Mental hospitals Bombay report 1929-33 - 1929-1933
Year: 1929
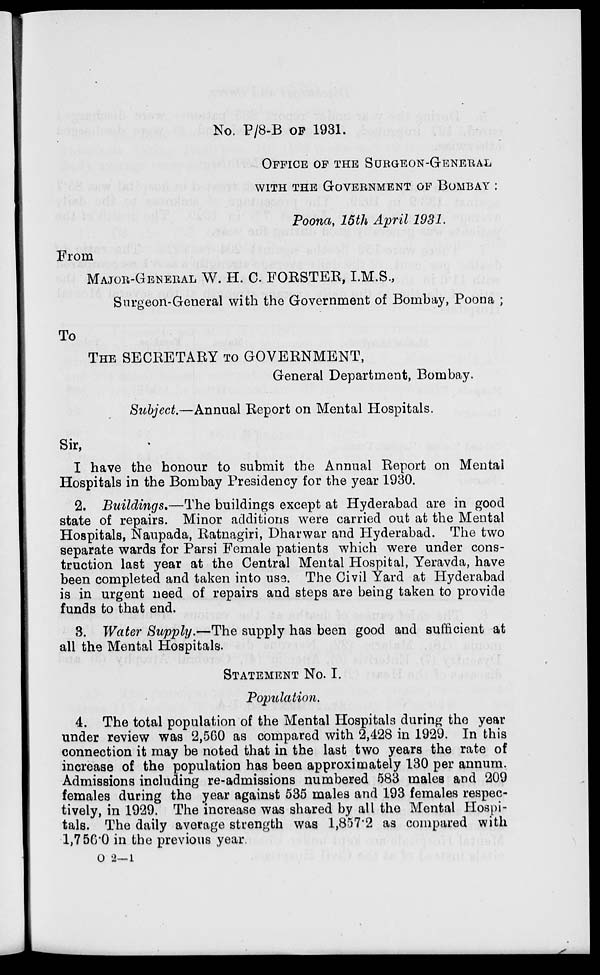
No. P/8-B OF 1931.
OFFICE OF THE SURGEON-GENERAL
WITH THE GOVERNMENT OF BOMBAY:
Poona, 15th April 1931.
From
MAJOR-GENERAL W. H. C. FORSTER, I.M.S.,
Surgeon-General with the Government of Bombay, Poona ;
To
THE SECRETARY TO GOVERNMENT,
General Department, Bombay.
Subject.—Annual Report on Mental Hospitals.
Sir,
I have the honour to submit the Annual Report on Mental
Hospitals in the Bombay Presidency for the year 1930.
2. Buildings.—The buildings except at Hyderabad are in good
state of repairs. Minor additions were carried out at the Mental
Hospitals, Naupada, Ratnagiri, Dharwar and Hyderabad. The two
separate wards for Parsi Female patients which were under cons-
truction last year at the Central Mental Hospital, Yeravda, have
been completed and taken into use. The Civil Yard at Hyderabad
is in urgent need of repairs and steps are being taken to provide
funds to that end.
3. Water Supply.—The supply has been good and sufficient at
all the Mental Hospitals.
STATEMENT NO. I.
Population.
4. The total population of the Mental Hospital during the year
under review was 2,560 as compared with 2,428 in 1929. In this
connection it may be noted that in the last two years the rate of
increase of the population has been approximately 130 per annum.
Admissions including re-admissions numbered 583 males and 209
females during the year against 535 males and 193 females respec-
tively, in 1929. The increase was shared by all the Mental Hospi-
tals. The daily average strength was 1,857.2 as compared with
1,756.0 in the previous year.
O 2—1